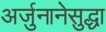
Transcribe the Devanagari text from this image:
अर्जुनानेसुद्धा